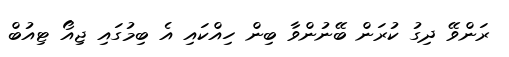
ރަންވޭ ދިގު ކުރަން ބޭނުންވާ ބިން ހިއްކައި އެ ބިމުގައި ޖިއޯ ޓިއުބް